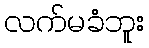
လက်မခံဘူး